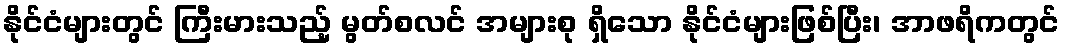
နိုင်ငံများတွင် ကြီးမားသည့် မွတ်စလင် အများစု ရှိသော နိုင်ငံများဖြစ်ပြီး၊ အာဖရိကတွင်